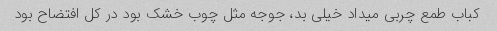
کباب طمع چربی میداد خیلی بد، جوجه مثل چوب خشک بود در کل افتضاح بود